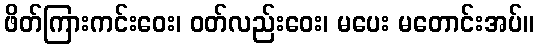
ဖိတ်ကြားကင်းဝေး၊ ဝတ်လည်းဝေး၊ မပေး မတောင်းအပ်။